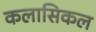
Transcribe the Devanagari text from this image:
कलासिकल